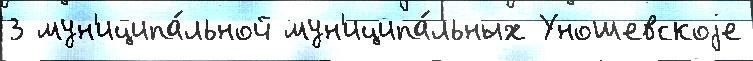
3 мун'иципа́льной мун'иципа́льных Уношевскоjе